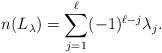
LaTeX: \begin{align*}n(L_\lambda)=\sum_{j=1}^\ell (-1)^{\ell-j} \lambda_j.\end{align*}